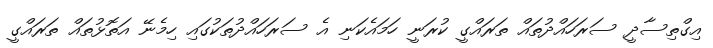
އިގްތިސާދީ ސަރަހައްދުތައް ތަރައްގީ ކުރަނީ ހަމައެކަނި އެ ސަރަހައްދުތަކުގައި ހިމެނޭ އަތޮޅުތައް ތަރައްގީ